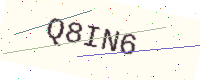
Text: Q8IN6